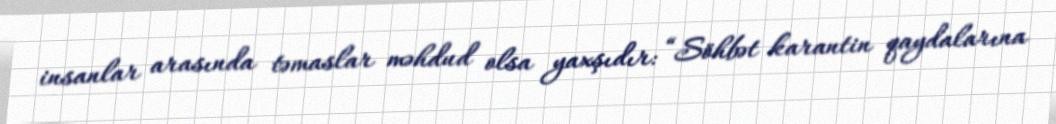
insanlar arasında təmaslar məhdud olsa yaxşıdır: “Söhbət karantin qaydalarına